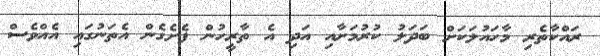
ރައްކާތެރި މާހައުލަކަށް ބަދަލު ކުރުމަށާއި އަދި އެ ތާރީހުން ފެށެގެން އެތަނުގައި އެއްވެސް